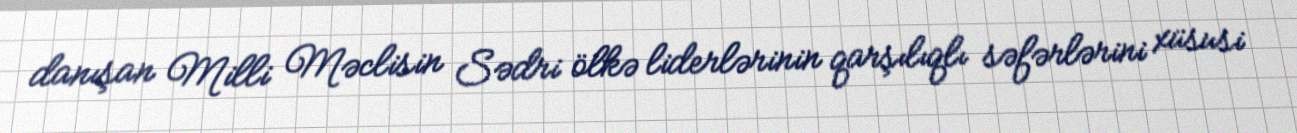
danışan Milli Məclisin Sədri ölkə liderlərinin qarşılıqlı səfərlərini xüsusi